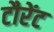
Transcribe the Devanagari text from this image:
टौरेंट